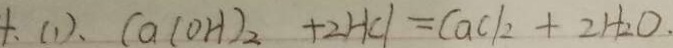
( 1 ) . C a ( O H ) _ { 2 } + 2 H C l = C a C l _ { 2 } + 2 H _ { 2 } O